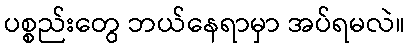
ပစ္စည်းတွေ ဘယ်နေရာမှာ အပ်ရမလဲ။